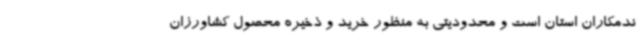
ندمکاران استان است و محدودیتی به منظور خرید و ذخیره محصول کشاورزان